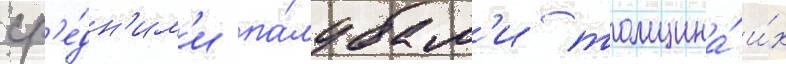
ср'е́дн'им'и па́лубам'и толщина́ и́х